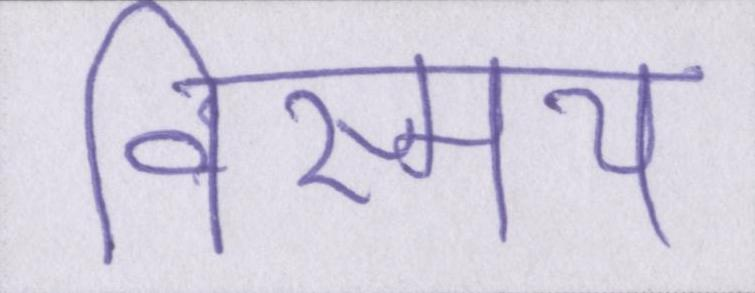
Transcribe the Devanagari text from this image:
विस्मय